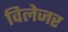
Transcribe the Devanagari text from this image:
विलेजर